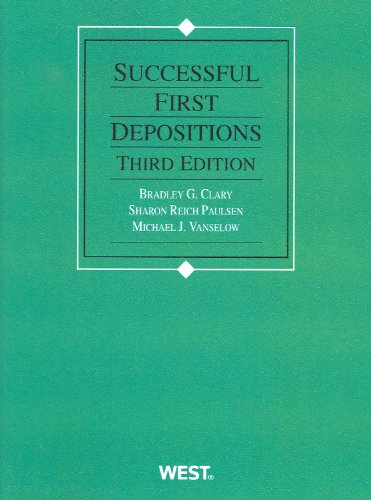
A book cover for Successful First Depositions (American Casebook Series); Bradley Clary; Law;